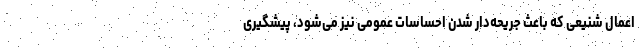
اعمال شنیعی که باعث جریحه‌دار شدن احساسات عمومی نیز می‌شود، پیشگیری